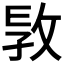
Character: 𢼪